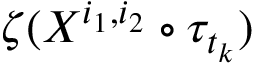
\zeta ( X ^ { i _ { 1 } , i _ { 2 } } \circ \tau _ { t _ { k } } )